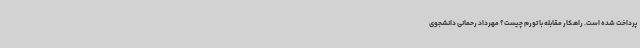
پرداخت شده است. راهکار مقابله با تورم چیست؟ مهرداد رحمانی دانشجوی